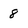
Character: 8